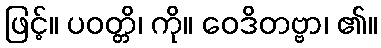
ဖြင့်။ ပဝတ္တိ၊ ကို။ ဝေဒိတဗ္ဗာ၊ ၏။